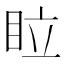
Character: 𥅈